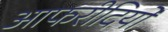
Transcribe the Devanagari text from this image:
आफरीदियों